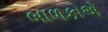
બાળકોએ